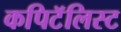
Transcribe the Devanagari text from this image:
कपिटॅलिस्ट